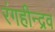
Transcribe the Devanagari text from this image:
रंगहीन्द्रव